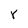
Character: r